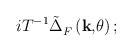
LaTeX: \begin{align*}iT^{-1}\tilde{\Delta}_F^{}\left( \mathbf{k,}\theta \right) ;\end{align*}